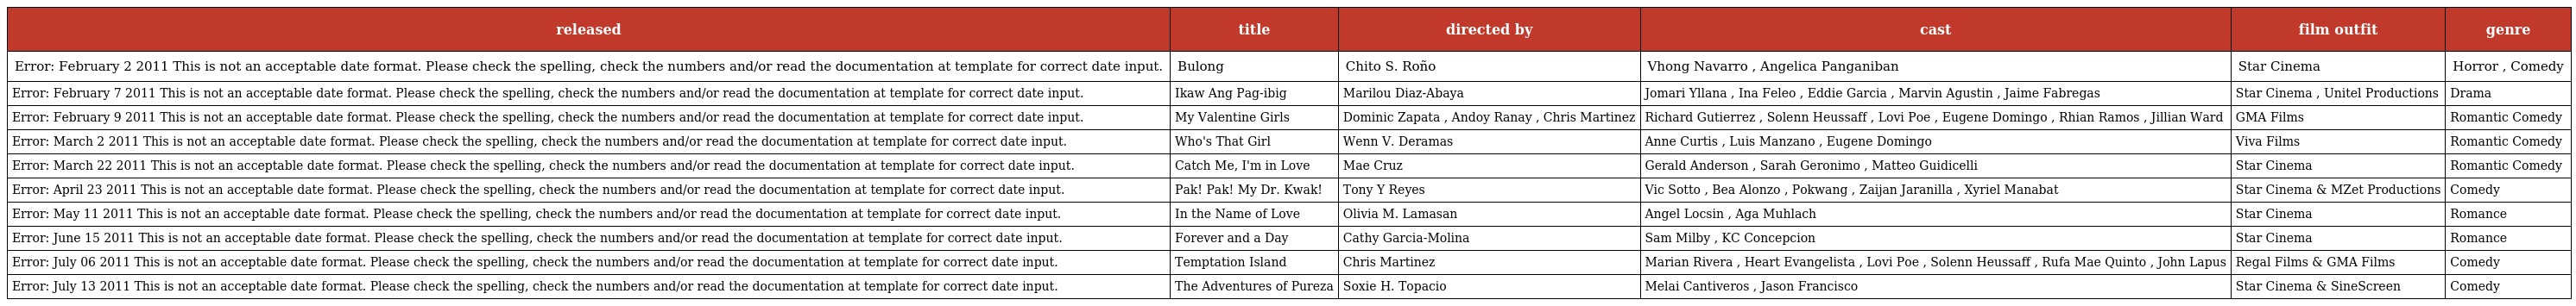
| released | title | directed by | cast | film outfit | genre |
 | --- | --- | --- | --- | --- | --- |
 | Error: February 2 2011 This is not an acceptable date format. Please check the spelling, check the numbers and/or read the documentation at template for correct date input. | Bulong | Chito S. Roño | Vhong Navarro , Angelica Panganiban | Star Cinema | Horror , Comedy |
 | Error: February 7 2011 This is not an acceptable date format. Please check the spelling, check the numbers and/or read the documentation at template for correct date input. | Ikaw Ang Pag-ibig | Marilou Diaz-Abaya | Jomari Yllana , Ina Feleo , Eddie Garcia , Marvin Agustin , Jaime Fabregas | Star Cinema , Unitel Productions | Drama |
 | Error: February 9 2011 This is not an acceptable date format. Please check the spelling, check the numbers and/or read the documentation at template for correct date input. | My Valentine Girls | Dominic Zapata , Andoy Ranay , Chris Martinez | Richard Gutierrez , Solenn Heussaff , Lovi Poe , Eugene Domingo , Rhian Ramos , Jillian Ward | GMA Films | Romantic Comedy |
 | Error: March 2 2011 This is not an acceptable date format. Please check the spelling, check the numbers and/or read the documentation at template for correct date input. | Who's That Girl | Wenn V. Deramas | Anne Curtis , Luis Manzano , Eugene Domingo | Viva Films | Romantic Comedy |
 | Error: March 22 2011 This is not an acceptable date format. Please check the spelling, check the numbers and/or read the documentation at template for correct date input. | Catch Me, I'm in Love | Mae Cruz | Gerald Anderson , Sarah Geronimo , Matteo Guidicelli | Star Cinema | Romantic Comedy |
 | Error: April 23 2011 This is not an acceptable date format. Please check the spelling, check the numbers and/or read the documentation at template for correct date input. | Pak! Pak! My Dr. Kwak! | Tony Y Reyes | Vic Sotto , Bea Alonzo , Pokwang , Zaijan Jaranilla , Xyriel Manabat | Star Cinema & MZet Productions | Comedy |
 | Error: May 11 2011 This is not an acceptable date format. Please check the spelling, check the numbers and/or read the documentation at template for correct date input. | In the Name of Love | Olivia M. Lamasan | Angel Locsin , Aga Muhlach | Star Cinema | Romance |
 | Error: June 15 2011 This is not an acceptable date format. Please check the spelling, check the numbers and/or read the documentation at template for correct date input. | Forever and a Day | Cathy Garcia-Molina | Sam Milby , KC Concepcion | Star Cinema | Romance |
 | Error: July 06 2011 This is not an acceptable date format. Please check the spelling, check the numbers and/or read the documentation at template for correct date input. | Temptation Island | Chris Martinez | Marian Rivera , Heart Evangelista , Lovi Poe , Solenn Heussaff , Rufa Mae Quinto , John Lapus | Regal Films & GMA Films | Comedy |
 | Error: July 13 2011 This is not an acceptable date format. Please check the spelling, check the numbers and/or read the documentation at template for correct date input. | The Adventures of Pureza | Soxie H. Topacio | Melai Cantiveros , Jason Francisco | Star Cinema & SineScreen | Comedy |